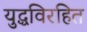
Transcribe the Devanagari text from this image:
युद्धविरहित